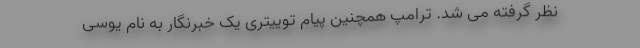
نظر گرفته می شد. ترامپ همچنین پیام توییتری یک خبرنگار به نام یوسی